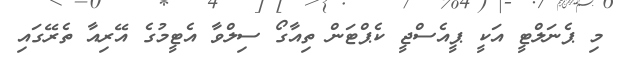
މި ޕެނަލްޓީ އަކީ ޕީއެސްޖީ ކެޕްޓަން ތިއާގޯ ސިލްވާ އެޓީމުގެ އޭރިއާ ތެރޭގައި